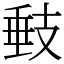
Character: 㩾